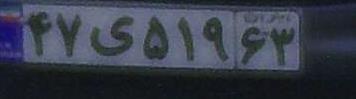
۴۷ی۵۱۹۶۳